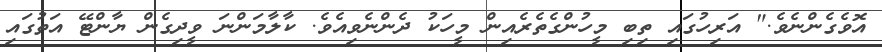
އޮވެގެންނެވެ." އަރިހުގައި ތިބި މީހުންގެތެރެއިން މީހަކު ދެންނެވިއެވެ. ކާލާމަންނަ ވީދިގެން ޔާންޓޭ އަތުގައި